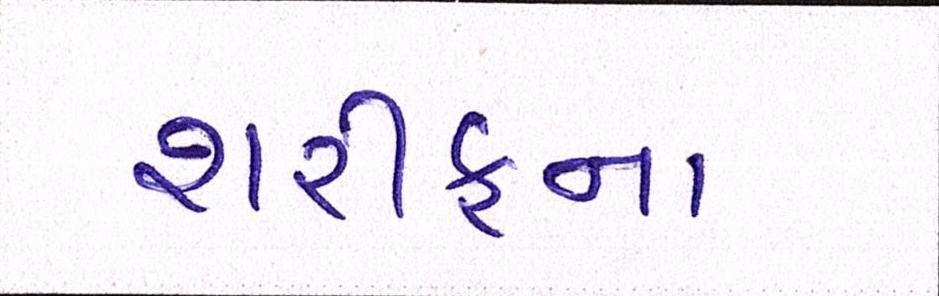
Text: શરીફના